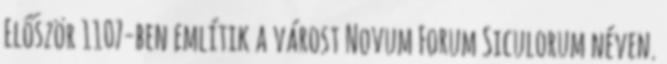
Először 1107-ben említik a várost Novum Forum Siculorum néven.